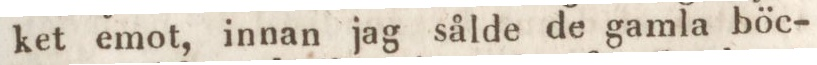
ket emot, innan jag sålde de gamla böc-